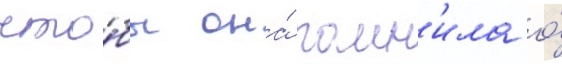
что́бы она́ помн'ила о́